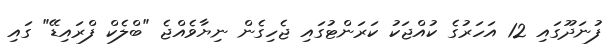
ފުނަދޫގައި 12 އަހަރުގެ ކުއްޖަކު ކަރަންޓުގައި ޖެހިގެން ނިޔާވެއްޖެ "ބްލެކް ފްރައިޑޭ" ގައި